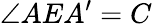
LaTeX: \angle AEA^{\prime}=C